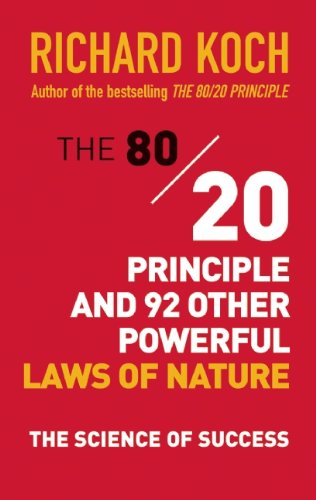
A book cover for The 80/20 Principle and 92 Other Powerful Laws of Nature: The Science of Success; Richard Koch; Business & Money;